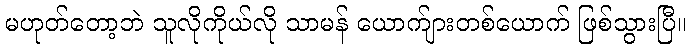
မဟုတ်တော့ဘဲ သူလိုကိုယ်လို သာမန် ယောက်ျားတစ်ယောက် ဖြစ်သွားပြီ။